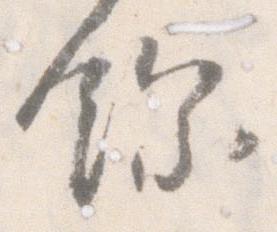
余